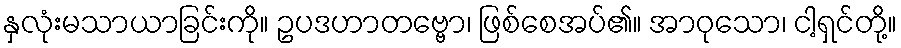
နှလုံးမသာယာခြင်းကို။ ဥပဒဟာတဗ္ဗော၊ ဖြစ်စေအပ်၏။ အာဝုသော၊ ငါ့ရှင်တို့။